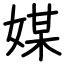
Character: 媒